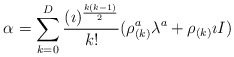
\begin{align*}\alpha = \sum_{k=0}^{D}{ (\imath)^{k(k-1) \over 2} \over k!} ( \rho^{a}_{(k)}\lambda^{a} + \rho_{(k)} \imath I )\end{align*}